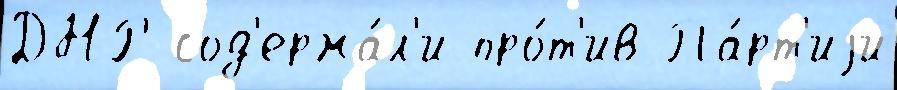
ДНР сод'ержа́л'и про́т'ив Па́рт'иjи